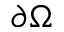
\partial \Omega